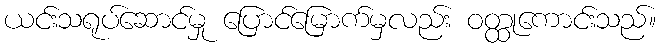
ယင်းသရုပ်ဆောင်မှု ပြောင်မြောက်မှလည်း ဝတ္ထုကောင်းသည်။